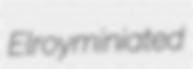
Elroy miniated